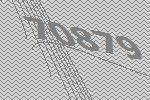
70879